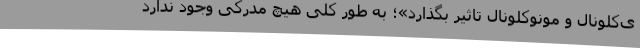
ی‌کلونال و مونوکلونال تاثیر بگذارد»؛ به طور کلی هیچ مدرکی وجود ندارد